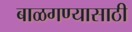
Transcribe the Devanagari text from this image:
बाळगण्यासाठी